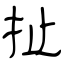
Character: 扯